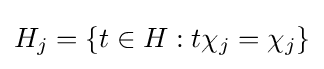
H_{j}=\{t\in H:t\chi _{j}=\chi _{j}\}